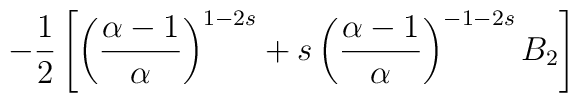
-\frac{1}{2} \left[ \left( \frac{\alpha - 1}{\alpha} \right)^{1 -2s}    + s \left( \frac{\alpha - 1}{\alpha} \right)^{-1 -2s}B_{2}  \right]